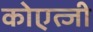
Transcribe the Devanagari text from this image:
कोएत्जी